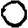
Digit: 0